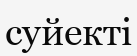
суйекті